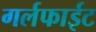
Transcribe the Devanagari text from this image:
गर्लफाईट